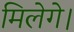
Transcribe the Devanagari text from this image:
मिलेगे।